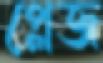
প্লেজ